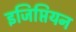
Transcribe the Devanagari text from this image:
इजिप्तियन